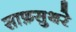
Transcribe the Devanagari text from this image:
साफ़सुथरे